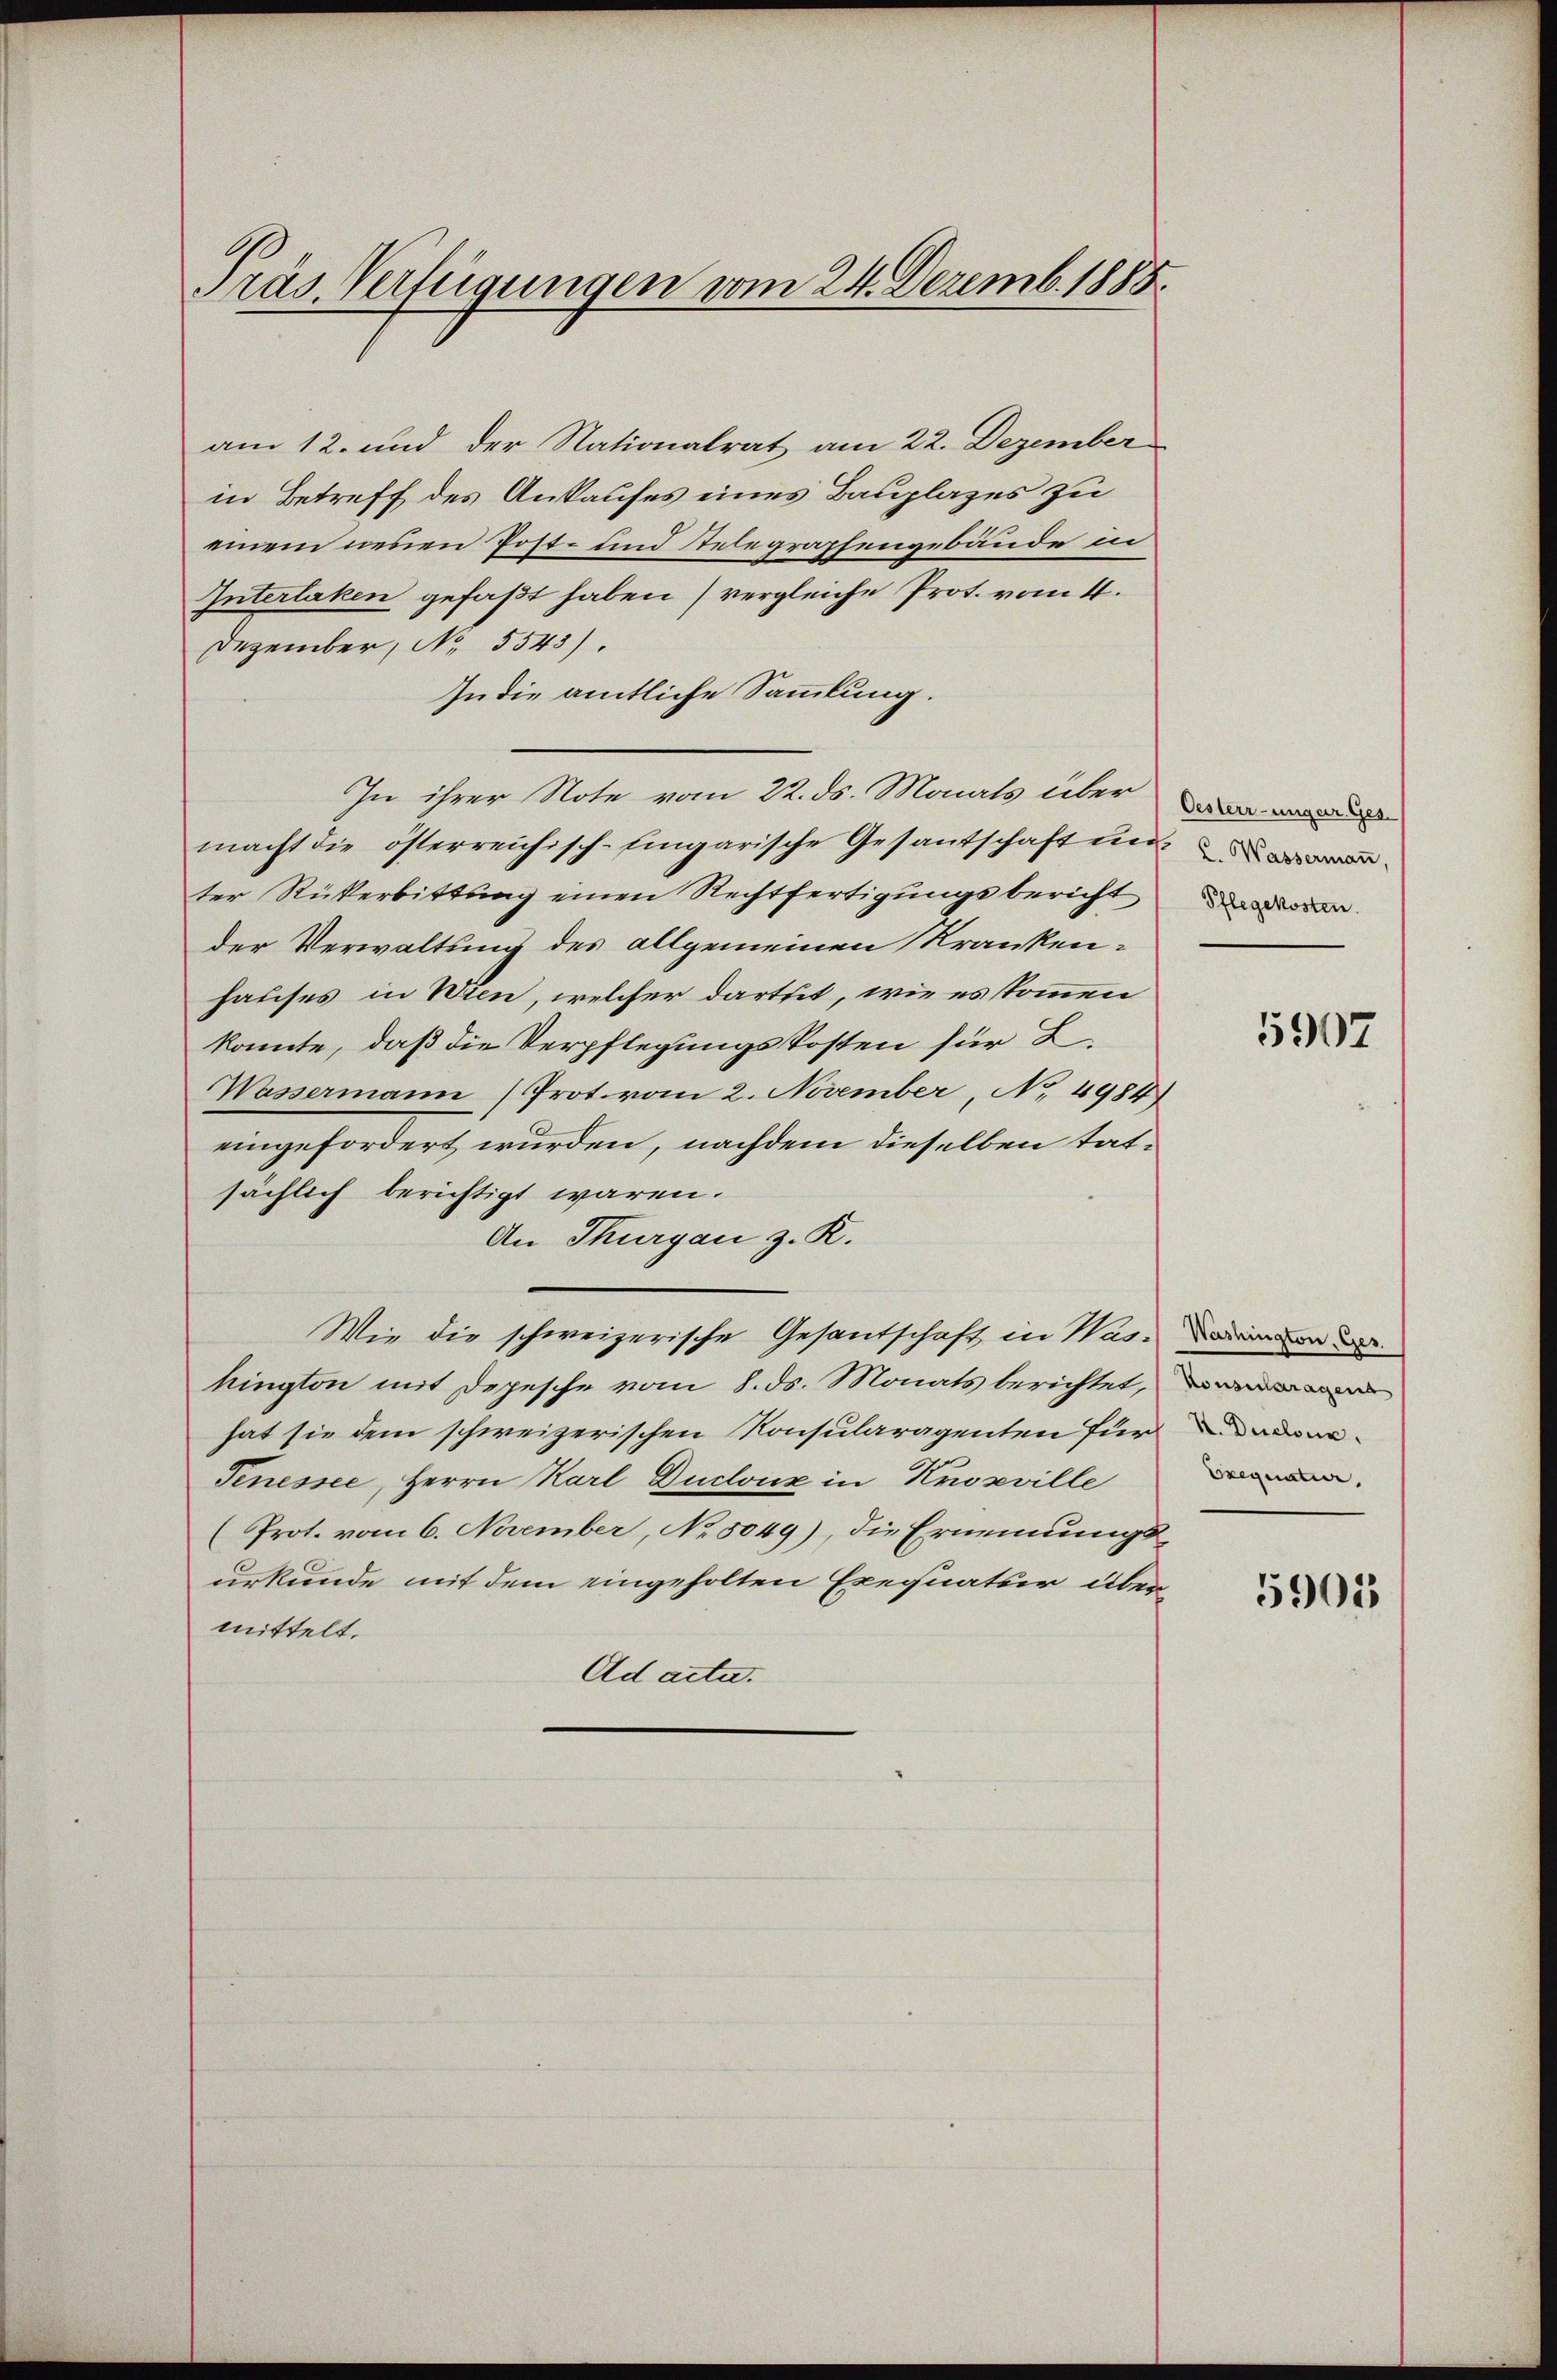
Präs Verfügungen vom 24. Dezemb. 1885.

am 12. und der Nationalrat am 22. Dezember
in Betreff des Ankaufes eines Bauplazes zu
einem neuen Post- und Stelegraphengebäude in
Interlaken gefaßt haben (vergleiche Prot. vom 4.
Dezember, No. 5543).
In die amtliche Sammlung.
In ihrer Note vom 22. ds. Monats über der
macht die österreichisch-Eingarische Gesantschaft un
ter Rückerbittung einen Rechtfertigungsbericht
der Verwaltung des allgemeinen Krankenhauses in Wien, welcher dartut, wie es kommen
konnte, daß die Verpflegungskosten für 2.
Wassermann Prot. vom 2. November, No 4984)
eingefordert wurden, nachdem dieselben tatsächlich berichtigt waren.
An Thurgau z. R.
Wie die schweizerische Gesantschaft in Was-
hington mit Depesche vom 8. ds. Monats berichtet,
hat sie dem schweizerischen Konsularagenten für an¬
Penessee, Herrn Karl Duclouz in Kropville
(Prot. vom 6. November, No 5049), die Ernennungsurkunde mit dem eingeholten Exequatur übermittelt.
Ad acta.

Pflegekosten.

5907

Exequatur,

5901